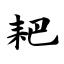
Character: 耙